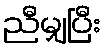
ညီမျှပြီး